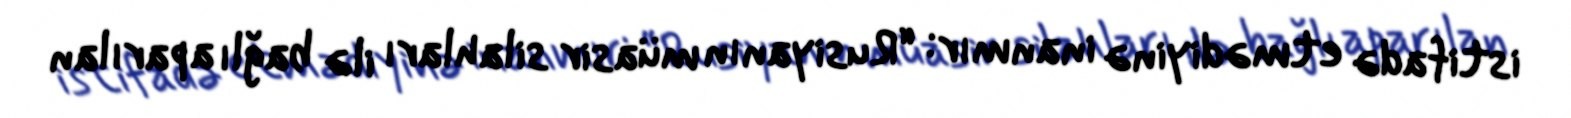
istifadə etmədiyinə inanmır: “Rusiyanın müasir silahları ilə bağlı aparılan